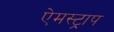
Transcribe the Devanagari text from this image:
ऐमस्ट्राप